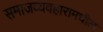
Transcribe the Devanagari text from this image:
समाजव्यवहारामधील